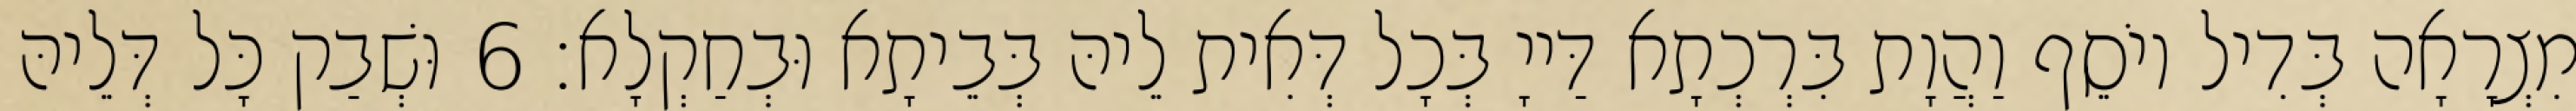
מִצְרָאָה בְּדִיל יוֹסֵף וַהֲוָת בִּרְכְתָא דַּייָ בְּכָל דְּאִית לֵיהּ בְּבֵיתָא וּבְחַקְלָא׃ 6 וּשְׁבַק כָּל דְּלֵיהּ